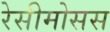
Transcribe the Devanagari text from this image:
रेसीमोसस